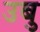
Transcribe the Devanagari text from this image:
उबु